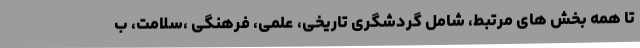
تا همه بخش های مرتبط، شامل گردشگری تاریخی، علمی، فرهنگی ،سلامت، ب